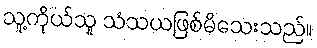
သူ့ကိုယ်သူ သံသယဖြစ်မိသေးသည်။